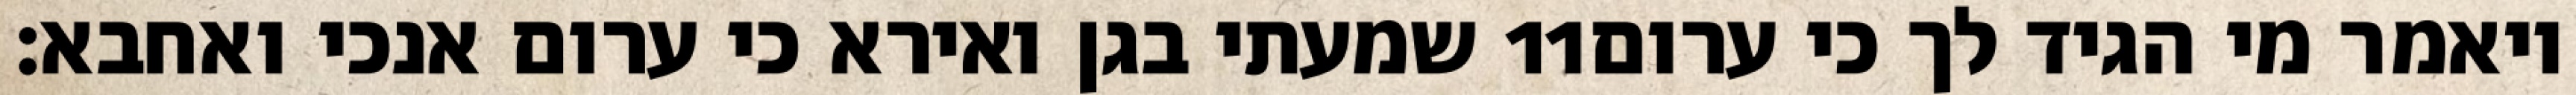
שמעתי בגן ואירא כי ערום אנכי ואחבא׃ ‎11‏ ויאמר מי הגיד לך כי ערום